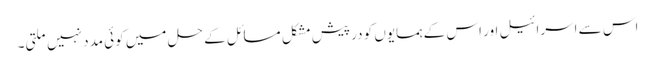
اس سے اسرائیل اور اس کے ہمسایوں کو درپیش مشکل مسائل کے حل میں کوئی مدد نہیں ملتی۔